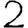
Digit: 2